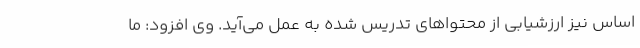
اساس نیز ارزشیابی از محتواهای تدریس شده به عمل می‌آید. وی افزود: ما